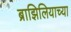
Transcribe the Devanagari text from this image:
ब्राझिलियाच्या